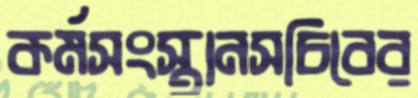
কর্মসংস্থানসচিবের